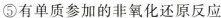
⑤有单质参加的非氧化还原反应